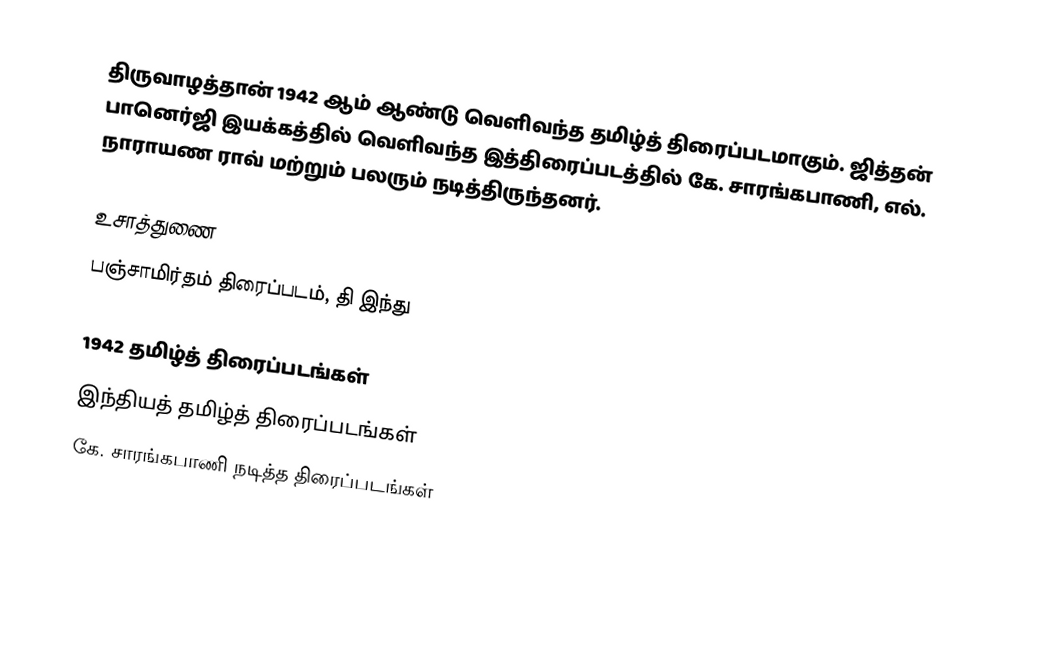
திருவாழத்தான் 1942 ஆம் ஆண்டு வெளிவந்த தமிழ்த் திரைப்படமாகும். ஜித்தன் பானெர்ஜி இயக்கத்தில் வெளிவந்த இத்திரைப்படத்தில் கே. சாரங்கபாணி, எல். நாராயண ராவ் மற்றும் பலரும் நடித்திருந்தனர்.

உசாத்துணை
 பஞ்சாமிர்தம் திரைப்படம், தி இந்து

1942 தமிழ்த் திரைப்படங்கள்
இந்தியத் தமிழ்த் திரைப்படங்கள்
கே. சாரங்கபாணி நடித்த திரைப்படங்கள்